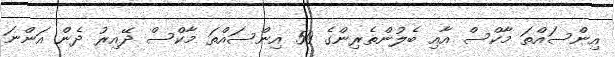
އިންސައްތަ މާކްސް އާއި ބެލުންތެރިންގެ 50 އިންސައްތަ މާކްސް ދޭއިރު ދެން އަންނަ